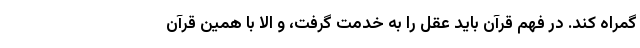
گمراه کند. در فهم قرآن باید عقل را به خدمت گرفت، و الا با همین قرآن